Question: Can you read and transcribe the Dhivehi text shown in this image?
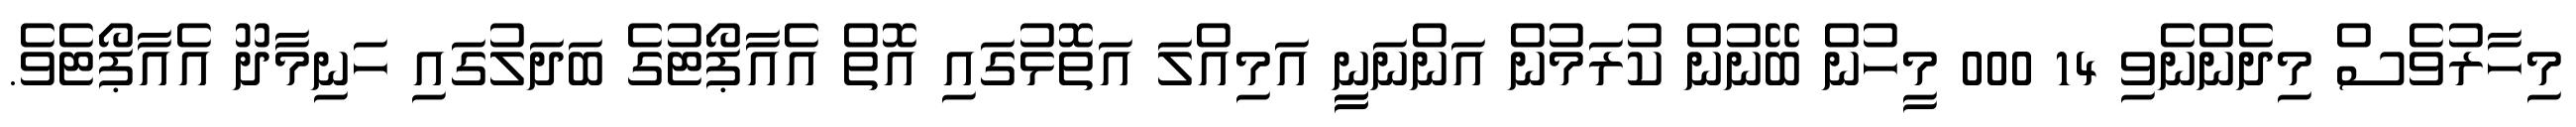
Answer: މިހާރުވެސް މިދެންނެވި 14 000 މީހުން ބޭނުން ކުރަމުން އަންނަނީީ އަމިއްލަ އަތޮޅުގައި އޮތް އެއާޕޯޓުގެ ބަދަލުގައި ހަނިމާދޫ އެއާޕޯޓެވެ.